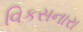
વિકસનારા